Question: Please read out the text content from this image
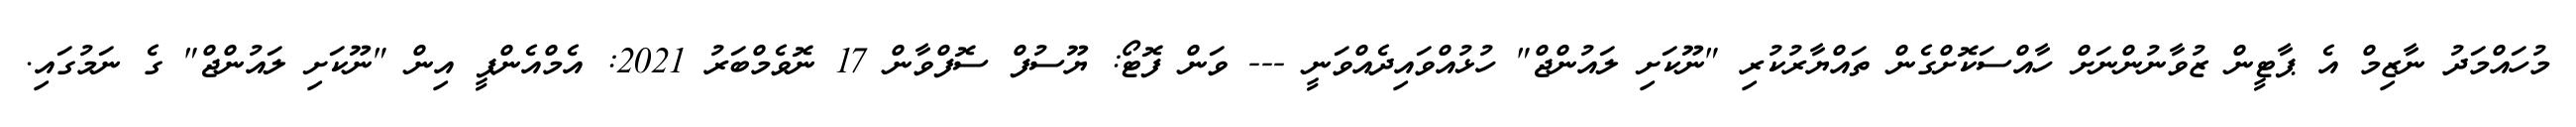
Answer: މުހައްމަދު ނާޒިމް އެ ޕާޓީން ޒުވާނުންނަށް ހާއްސަކޮށްގެން ތައްޔާރުކުރި "ނޫކަށި ލައުންޖް" ހުޅުއްވައިދެއްވަނީ --- ވަން ފޮޓޯ: ޔޫސުފް ސޮފްވާން 17 ނޮވެމްބަރު 2021: އެމްއެންޕީ އިން "ނޫކަށި ލައުންޖް" ގެ ނަމުގައި.